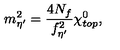
m _ { \eta ^ { \prime } } ^ { 2 } = \frac { 4 N _ { f } } { f _ { \eta ^ { \prime } } ^ { 2 } } \chi _ { t o p } ^ { 0 } ,